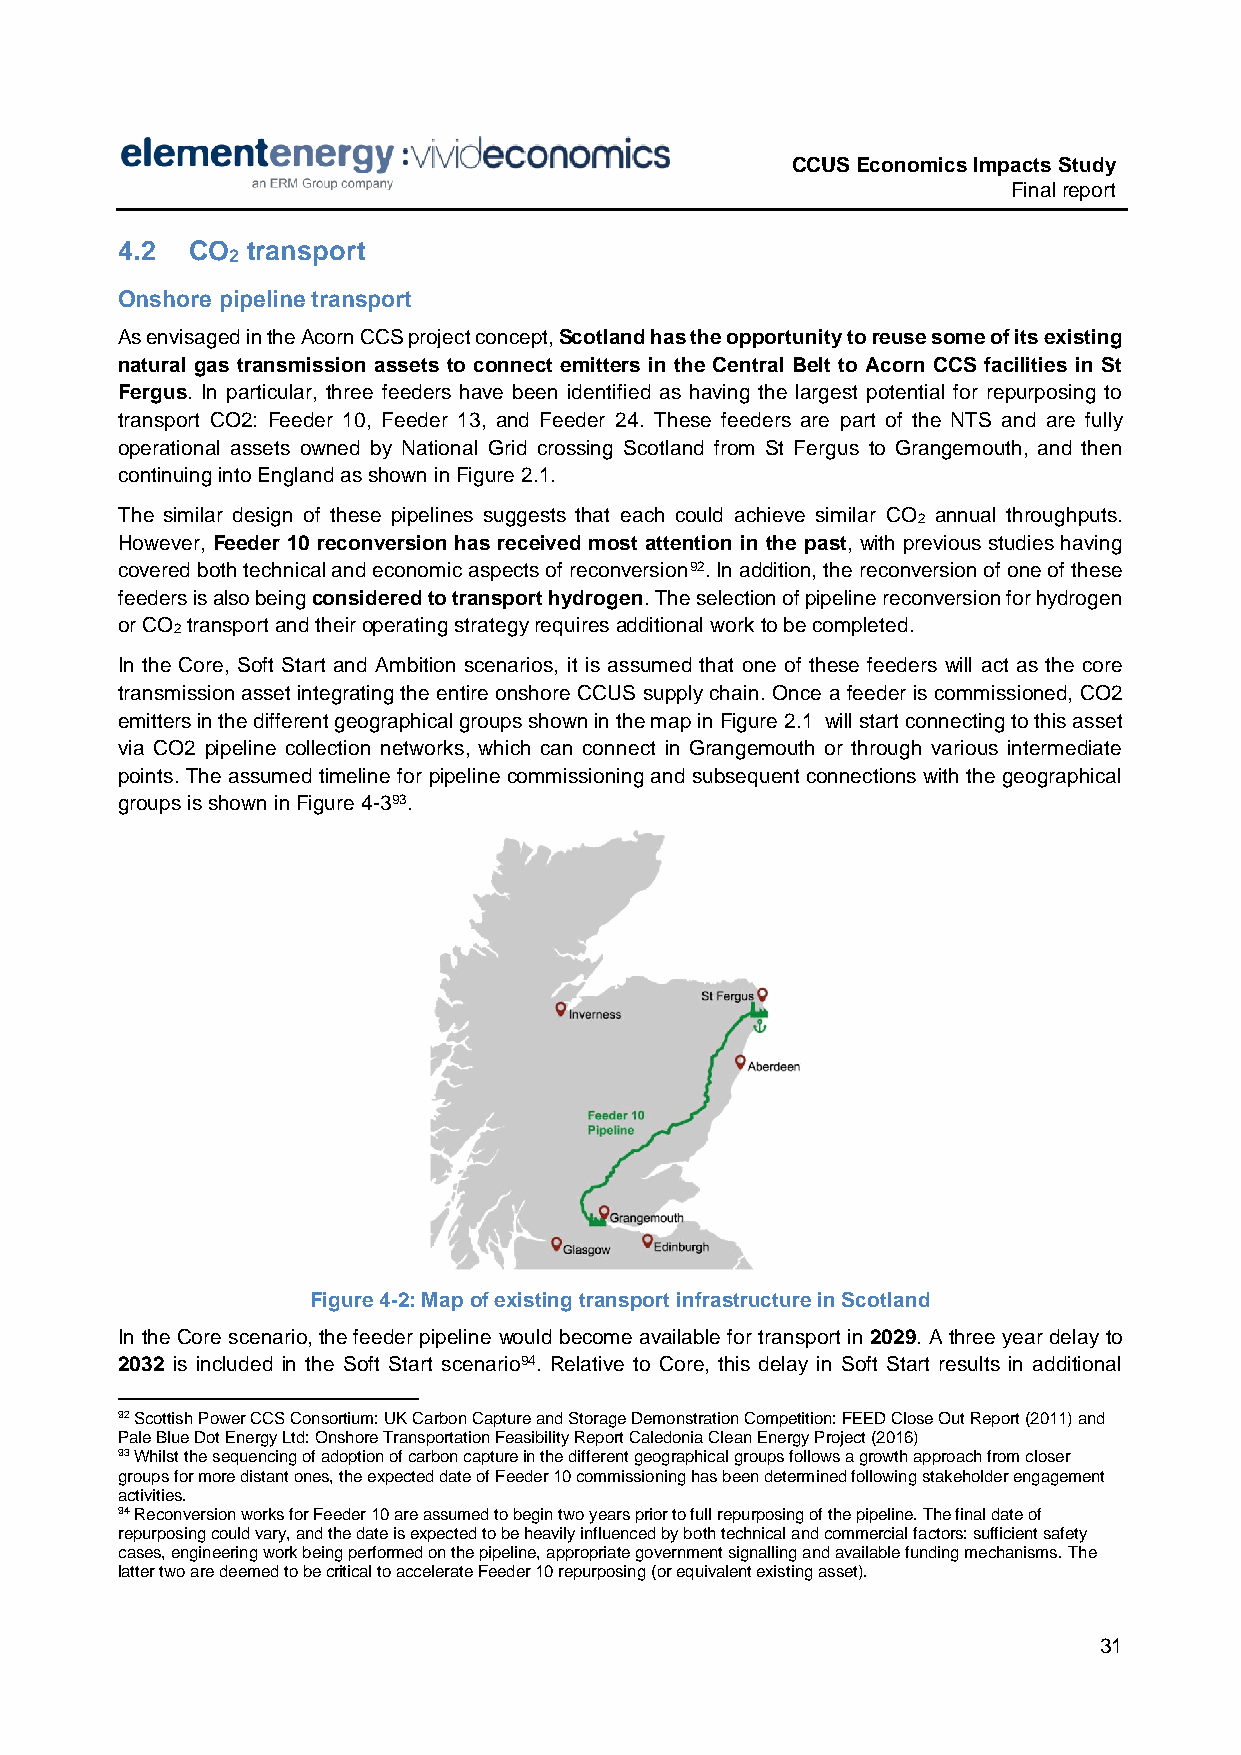
CCUS Economics Impacts Study
 Final report
 4.2 CO  transport
 2
 Onshore pipeline transport
 As envisaged in the Acorn CCS project concept, Scotland has the opportunity to reuse some of its existing
 natural gas transmission assets to connect emitters in the Central Belt to Acorn CCS facilities in St
 Fergus. In particular, three feeders have been identified as having the largest potential for repurposing to
 transport CO2: Feeder 10, Feeder 13, and Feeder 24. These feeders are part of the NTS and are fully
 operational assets owned by National Grid crossing Scotland from St Fergus to Grangemouth, and then
 continuing into England as shown in Figure 2.1.
 The similar design of these pipelines suggests that each could achieve similar CO annual throughputs.
 2
 However, Feeder 10 reconversion has received most attention in the past, with previous studies having
 covered both technical and economic aspects of reconversion92. In addition, the reconversion of one of these
 feeders is also being considered to transport hydrogen. The selection of pipeline reconversion for hydrogen
 or CO transport and their operating strategy requires additional work to be completed.
 2
 In the Core, Soft Start and Ambition scenarios, it is assumed that one of these feeders will act as the core
 transmission asset integrating the entire onshore CCUS supply chain. Once a feeder is commissioned, CO2
 emitters in the different geographical groups shown in the map in Figure 2.1 will start connecting to this asset
 via CO2 pipeline collection networks, which can connect in Grangemouth or through various intermediate
 points. The assumed timeline for pipeline commissioning and subsequent connections with the geographical
 groups is shown in Figure 4-393.
 Figure 4-2: Map of existing transport infrastructure in Scotland
 In the Core scenario, the feeder pipeline would become available for transport in 2029. A three year delay to
 2032 is included in the Soft Start scenario94. Relative to Core, this delay in Soft Start results in additional
 92 Scottish Power CCS Consortium: UK Carbon Capture and Storage Demonstration Competition: FEED Close Out Report (2011) and
 Pale Blue Dot Energy Ltd: Onshore Transportation Feasibility Report Caledonia Clean Energy Project (2016)
 93 Whilst the sequencing of adoption of carbon capture in the different geographical groups follows a growth approach from closer
 groups for more distant ones, the expected date of Feeder 10 commissioning has been determined following stakeholder engagement
 activities.
 94 Reconversion works for Feeder 10 are assumed to begin two years prior to full repurposing of the pipeline. The final date of
 repurposing could vary, and the date is expected to be heavily influenced by both technical and commercial factors: sufficient safety
 cases, engineering work being performed on the pipeline, appropriate government signalling and available funding mechanisms. The
 latter two are deemed to be critical to accelerate Feeder 10 repurposing (or equivalent existing asset).
 31